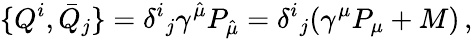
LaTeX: {}\{ Q^{i},\bar{Q}_{j}\} =\delta^{i}{}_{j}\gamma^{\hat{\mu}}P_{\hat{\mu}}=\delta^{i}{}_{j}(\gamma^{\mu}P_{\mu}+M)\, ,